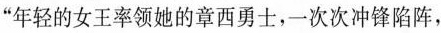
“年轻的女王率领她的章西勇士，一次次冲锋陷阵，